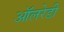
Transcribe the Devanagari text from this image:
ऑलरेडी